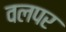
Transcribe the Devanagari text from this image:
वलपर